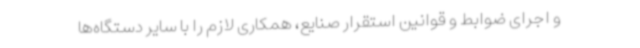
و اجرای ضوابط و قوانین استقرار صنایع، همکاری لازم را با سایر دستگاه‌ها